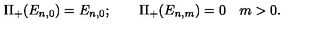
\Pi _ { + } ( E _ { n , 0 } ) = E _ { n , 0 } ; \qquad \Pi _ { + } ( E _ { n , m } ) = 0 \quad m > 0 .